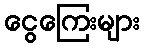
ငွေကြေးများ